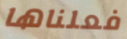
فعلناها